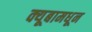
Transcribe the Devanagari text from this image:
क्यूबामधून